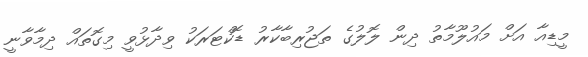
މީޑިއާ އަށް މައުލޫމާތު ދިން ލޮލުގެ ތަޖުރިބާކާރު ޑޮކްޓަރަކު ވިދާޅުވީ މިގޮތައް ދިމާވާނީ